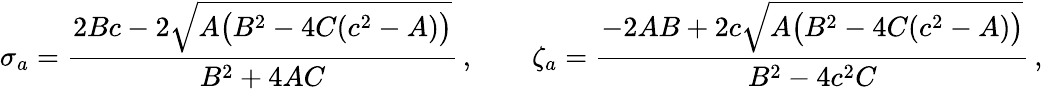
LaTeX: \sigma_{a}={\frac{2Bc-2\sqrt{A\big(B^{2}-4C(c^{2}-A)\big)}}{B^{2}+4AC}}\, ,\qquad\zeta_{a}={\frac{-2AB+2c\sqrt{A\big(B^{2}-4C(c^{2}-A)\big)}}{B^{2}-4c^{2}C}}\, ,